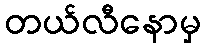
တယ်လီနောမှ